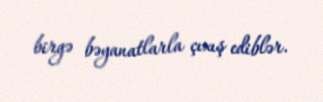
birgə bəyanatlarla çıxış ediblər.